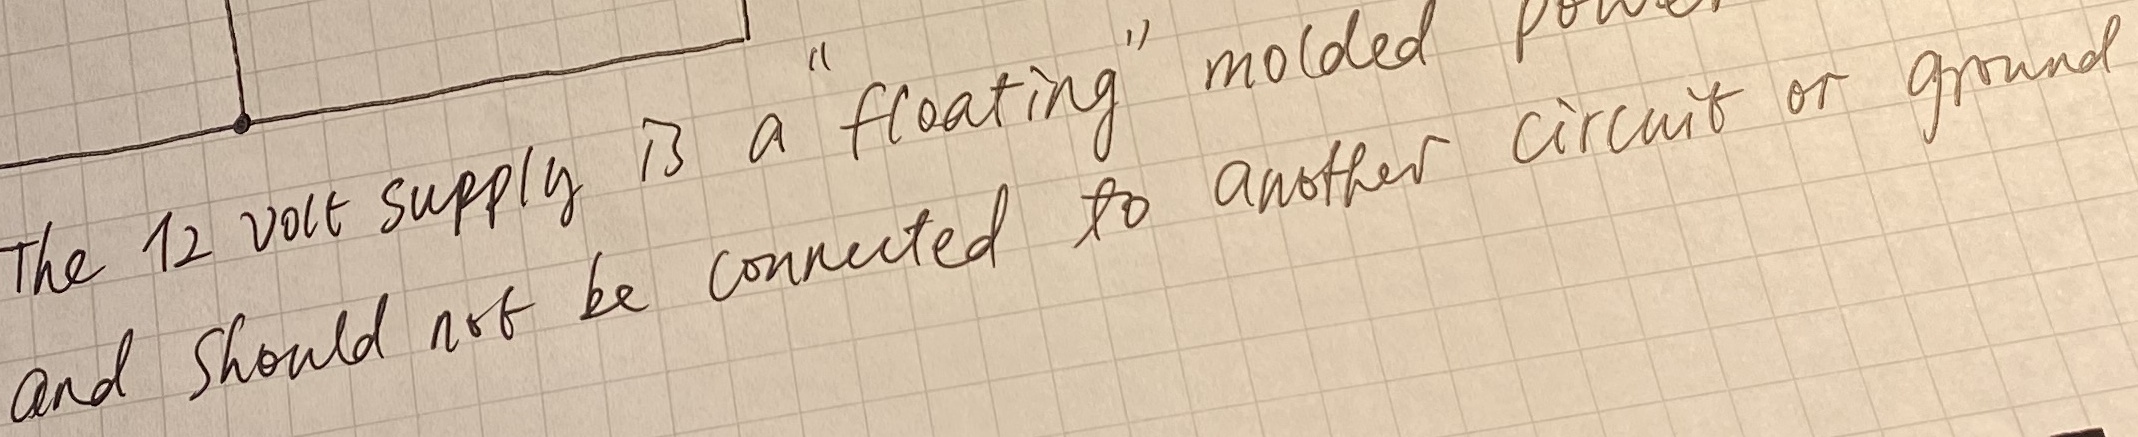
Text: and should not be connected to another circuit or ground